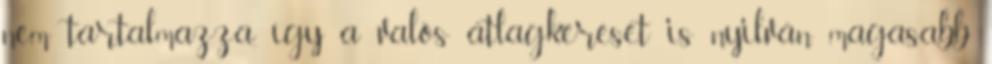
nem tartalmazza, így a valós átlagkereset is nyilván magasabb